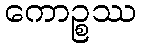
ကောဉ္စဿ